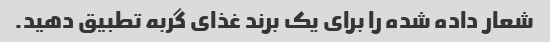
شعار داده شده را برای یک برند غذای گربه تطبیق دهید.